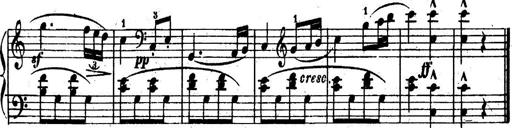
Title: 6 Piano Sonatinas
Composer: Cornelius Gurlitt